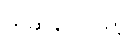
ကဆုန်လပြည့်